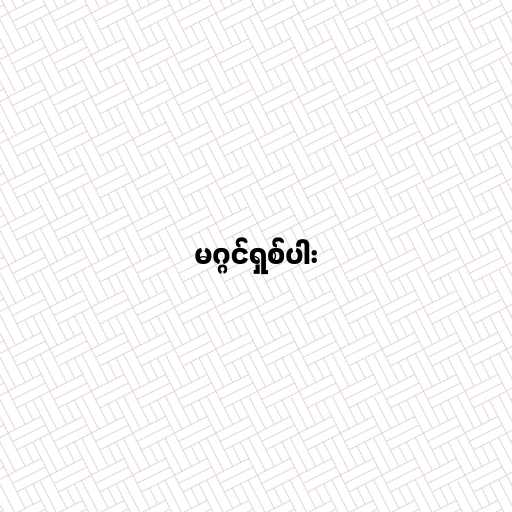
မဂ္ဂင်ရှစ်ပါး